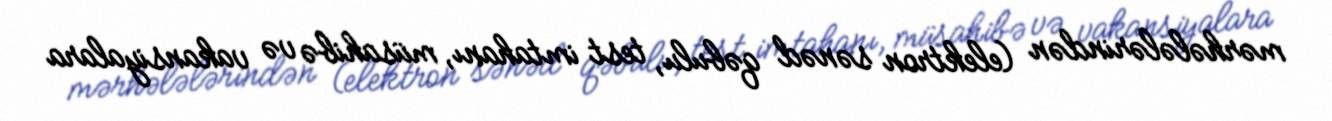
mərhələlərindən (elektron sənəd qəbulu, test imtahanı, müsahibə və vakansiyalara